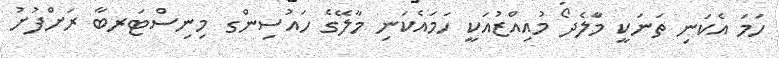
ހަމަ އެކަނި ތަނަކީ މަާލެދޯ މުއިއްޒުއަކީ ހަމައެކަނި މާލޭގެ ހައުސިންގ މިނިސްޓަރބާ ރަށްފުށު